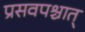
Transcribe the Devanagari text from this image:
प्रसवपश्चात्